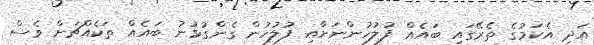
އަދި އެކަމުގެ ތެރޭގައި ބައެއް ފުލުހުންނަށާއި ފުލުހުން ގެންގުޅުނު ބައެއް ތަކެއްޗަށް ވެސް